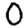
Digit: 0